65_HS1-834228961_62-HQ-83894_Section_9
Agency: FBI
Page 58
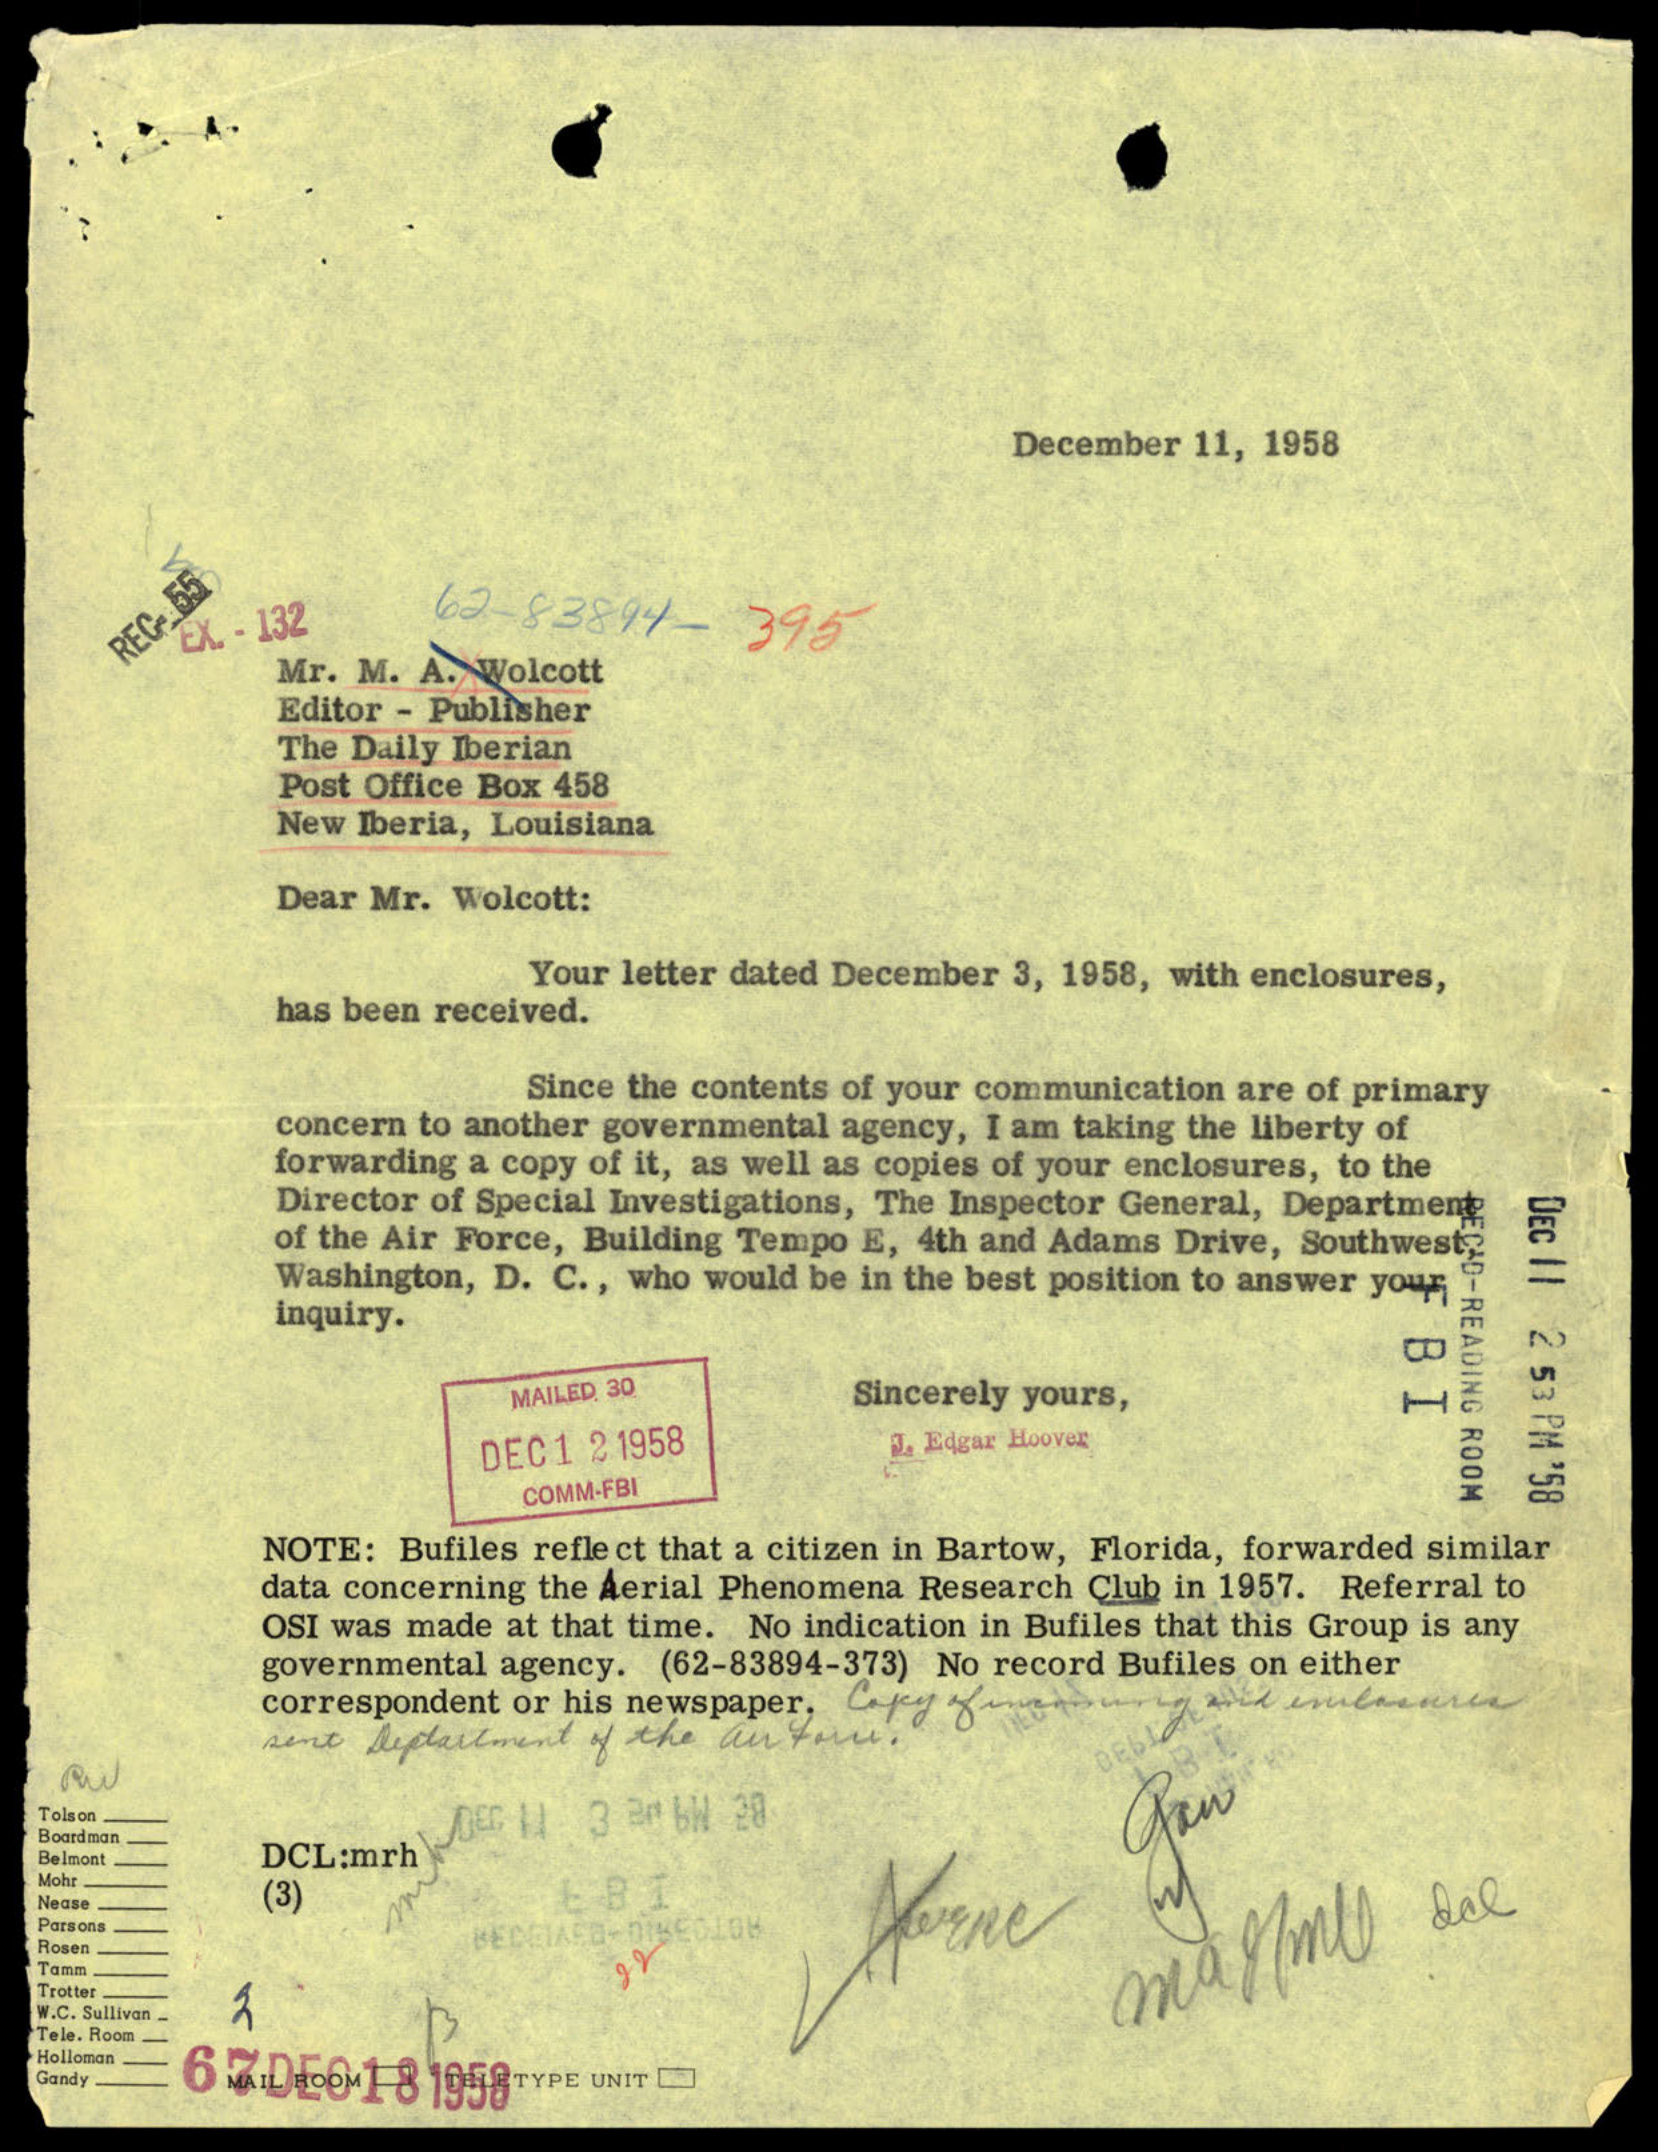